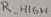
Text: R_HIGH